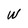
Character: w